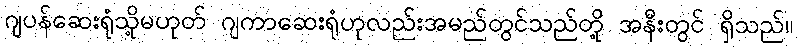
ဂျပန်ဆေးရုံသို့မဟုတ် ဂျကာဆေးရုံဟုလည်းအမည်တွင်သည်တို့ အနီးတွင် ရှိသည်။